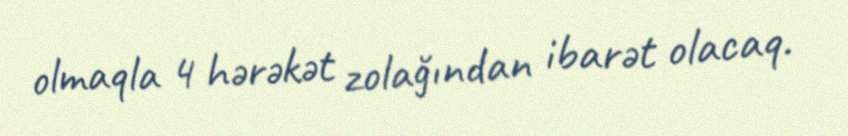
olmaqla 4 hərəkət zolağından ibarət olacaq.